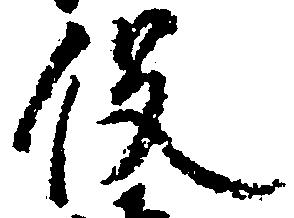
役